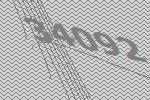
34092